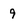
Character: 9